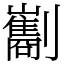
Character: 㔒